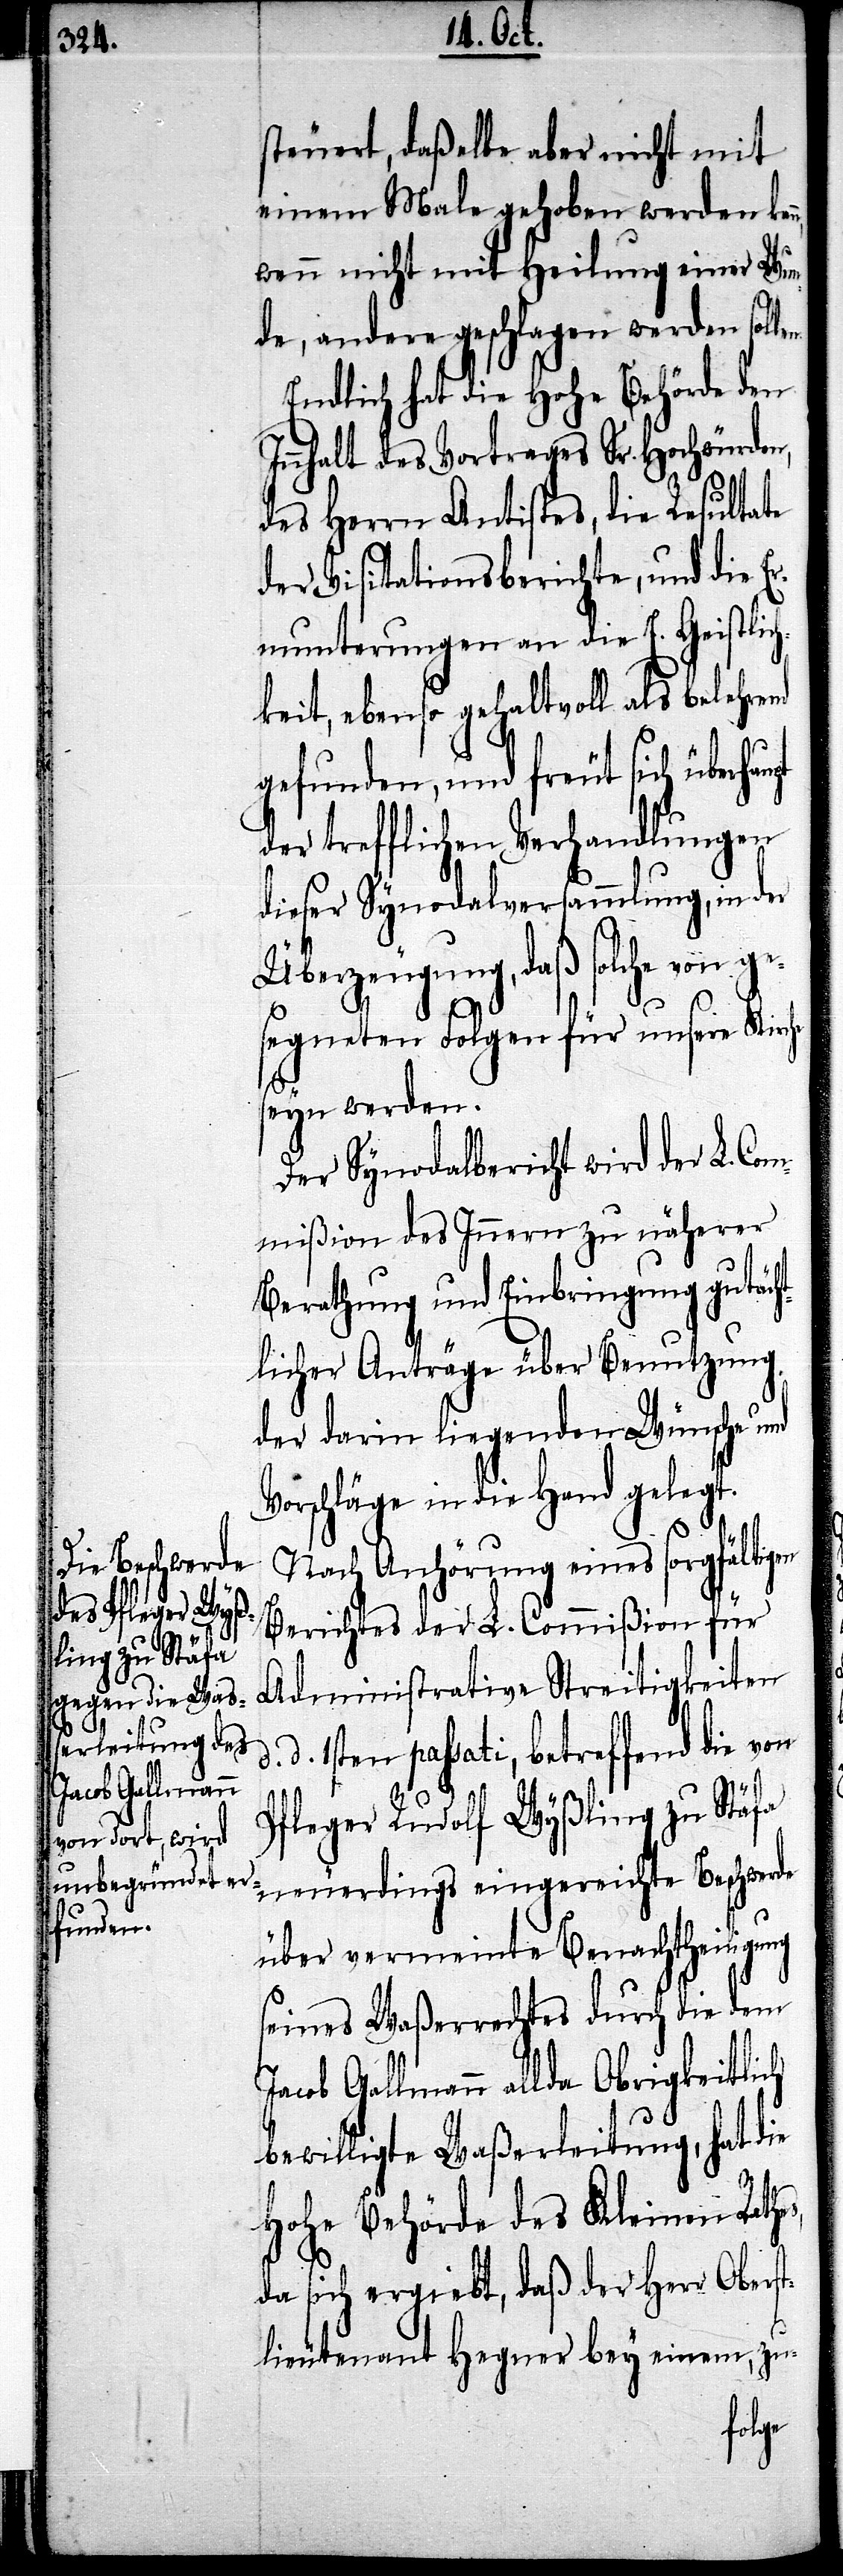
steuert, daßelbe aber nicht mit
einem Male gehoben werden
wenn nicht mit Heilung einer Wun¬
de, andere geschlagen werden sol¬
Endlich hat die Hohe Behörde den
Innhalt des Vortrages Sr. Hochwürden,
des Herrn Antistes, die Resultate
der Visitationsberichte, und die Er¬
munterungen an die E. Geistlich¬
keit, ebenso gehaltvoll als belehrend
gefunden, und freut sich über¬
der trefflichen Verhandlungen
dieser Synodalversammlung, in der
Überzeugung, daß solche von ge¬
segneten Folgen für unsere Kirche
seyn werden.
Der Synodalbericht wird der L. Com¬
mißion des Innern zu näherer
Berathung und Einbringung gutäch¬
tlicher Anträge über Benutzung
der darin liegenden Wünsche und
Vorschläge in die Hand gelegt.
Nach Anhörung eines sorgfältigen
te Beschwerde
eingereich¬
Berichtes der L. Commißion für
Administrative Streitigkeiten
d. 1sten passati, betreffend die von
Jacob Gallmann
Pfleger Rudolf Wyßling zu Stäfa
über vermeinte Benachtheiligung
seines Waßerrechtes durch die dem
allda Obrigkeitlich
bewilligte Waßerleitung, hat die
hohe Behörde des Kleinen Rath¬
da sich ergiebt, daß der Herr Oberst¬
lieutenant Hegner bey einem, zu-
es,